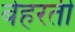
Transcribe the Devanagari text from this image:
बेहरती